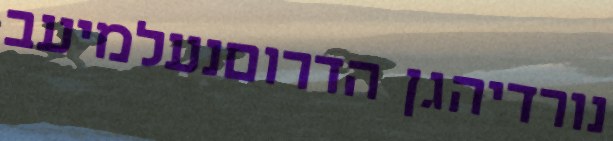
נורדיהגן הדרוםנעלמיעב